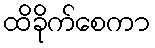
ထိခိုက်စေကာ